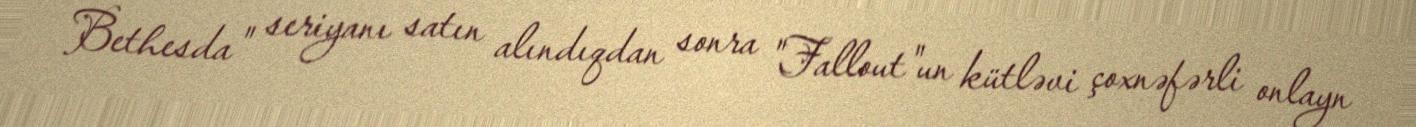
Bethesda" seriyanı satın alındıqdan sonra "Fallout"un kütləvi çoxnəfərli onlayn